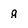
Character: g